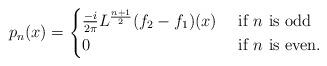
LaTeX: \begin{align*}p_n(x)=\begin{cases} \frac{-i}{2\pi}L^{\frac{n+1}{2}}(f_2-f_1)(x) & \textnormal{ if } n \textnormal{ is odd} \\ 0 & \textnormal{ if } n \textnormal{ is even.} \end{cases}\end{align*}